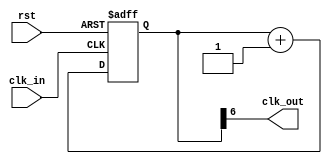
module clkdiv (
  input clk_in,
  output clk_out,
  input rst
);

/* div by 16 * 4 = 64 
   div by = 2 ^ (bits - 1)

*/
  // 1 bit - no delay
  // 2 bit - div by 2
  // 3 bit - div by 4
  // 4 bit - div by 8
  // 5 bit - div by 16
  // 6 bit - div by 32
  // 7 bit - div by 64
  
reg [6:0] div_counter;

assign clk_out = div_counter[6];

always @ (posedge clk_in or posedge rst)
 if (rst)
   div_counter <= 7'b0;
 else
   div_counter <= div_counter + 1'b1;
 
endmodule